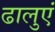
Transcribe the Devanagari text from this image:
ढालुएं